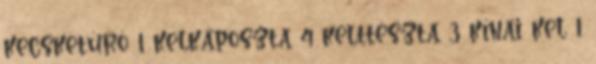
kecsketúró 1 kelkáposzta 4 kelttészta 3 kínai kel 1